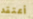
أعتقد